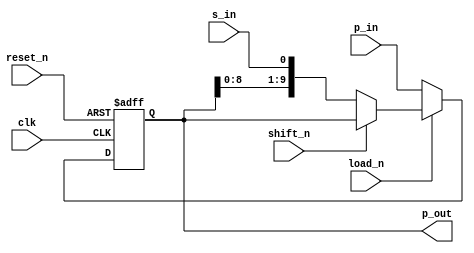
// $Id: DW8051_shftreg.v,v 1.1 1996/07/25 17:43:25 gina Exp $
//------------------------------------------------------------------------------
//
//        This confidential and proprietary software may be used only           
//     as authorized by a licensing agreement from Synopsys Inc.                
//     In the event of publication, the following notice is applicable:         
//                                                                              
//                    (C) COPYRIGHT 1996   SYNOPSYS INC.                        
//                          ALL RIGHTS RESERVED                                 
//                                                                              
//        The entire notice above must be reproduced on all authorized          
//       copies.                                                                
//
//
//
// VERSION:  entity DW8051_shftreg
//
// ABSTRACT: Universal Shift Register
//           length wordlength
//           shift enable active low
//           parallel load enable active low
// MODIFIED: 
//      L.Rieder        21.03.96        Adopted from DW03 to DW8051 environment;
//					async reset added
//      L.Rieder        05.06.96        Verilog version for fixed width of 10
//                                      created
//         
//      Gina Ngo        11.20.96        Fixed star 38722: added header
//	Bala Needamangalam
//			May 20,98	Changed GTECH instantiations to HDL.
//                      July 20,1999    Removed all DesignWare-Foundation 
//                                      license checkout commands.
//------------------------------------------------------------------------------


module DW8051_shftreg    (clk,
                          s_in,
                          p_in,
                          shift_n,
                          load_n,
                          reset_n,
                          p_out
			  );
 
parameter width = 10;

 input clk;
 input s_in;
 input [(width-1):0] p_in;
 input shift_n;
 input load_n;
 input reset_n;
 output [(width - 1):0] p_out;
//------------------------------------------------------------------------------
wire [(width - 1):0] p_out;


//---------------
// local signals:
//---------------
reg [(width - 1):0] q;
wire [(width - 1):0] d;

//------------------------------------------------------------------------------

  assign d = (load_n == 0)  ? p_in :
	     (shift_n == 0) ? {q[(width-2):0],s_in} :
		              q; 

  always @(posedge clk or negedge reset_n)
    if (!reset_n)
      q <= 0;
    else
      q <= d;

  assign p_out = q;

endmodule